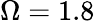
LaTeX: \Omega=1.8